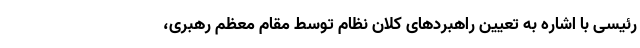
رئیسی با اشاره به تعیین راهبردهای کلان نظام توسط مقام معظم رهبری،